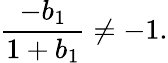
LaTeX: {\frac{-b_{1}}{1+b_{1}}}\neq-1.